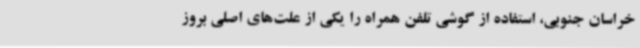
خراسان جنوبی، استفاده از گوشی تلفن همراه را یکی از علت‌های اصلی بروز